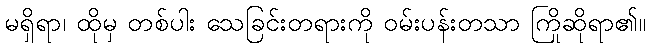
မရှိရာ၊ ထိုမှ တစ်ပါး သေခြင်းတရားကို ဝမ်းပန်းတသာ ကြိုဆိုရာ၏။